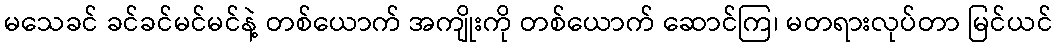
မသေခင် ခင်ခင်မင်မင်နဲ့ တစ်ယောက် အကျိုးကို တစ်ယောက် ဆောင်ကြ၊ မတရားလုပ်တာ မြင်ယင်